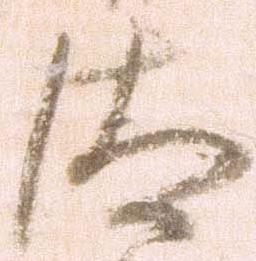
汰